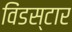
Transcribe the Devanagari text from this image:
विंडस्टार